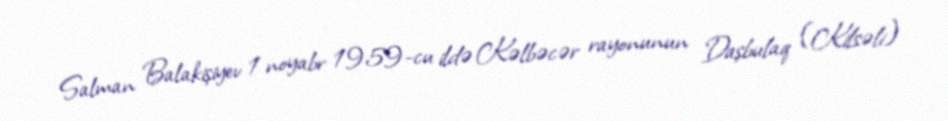
Salman Balakişiyev 1 noyabr 1959-cu ildə Kəlbəcər rayonunun Daşbulaq (Kilsəli)